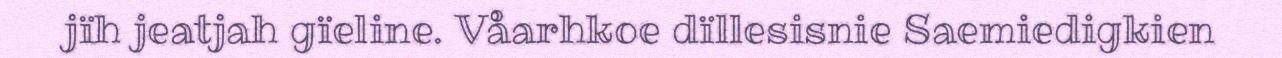
jïh jeatjah gïeline. Våarhkoe dïllesisnie Saemiedigkien